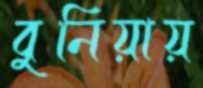
বুনিয়ায়